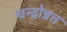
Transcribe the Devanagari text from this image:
चन्द्रोन्नत